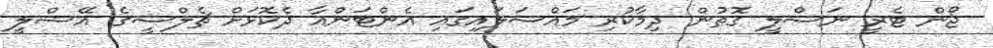
ޖޯން ޓެރީ ނަސްލީ ގޮތުން ދިމާކުރި މައްސަލައިގައި އެންޓަންއާ ދެކޮޅަށް ޗެލްސީގެ އޭޝްލީ